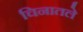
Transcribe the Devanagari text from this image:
चिनातले